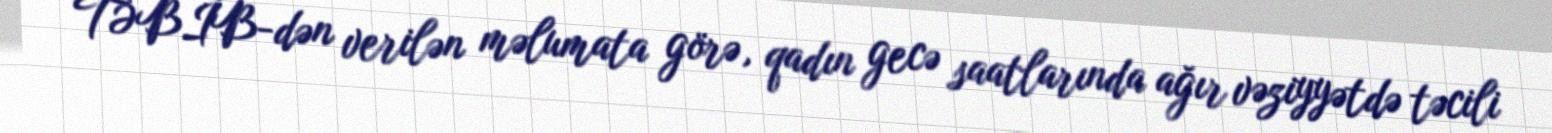
TƏBİB-dən verilən məlumata görə, qadın gecə saatlarında ağır vəziyyətdə təcili